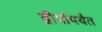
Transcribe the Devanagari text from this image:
द्वीपांपर्यंत